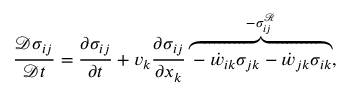
\frac { \mathcal { D } \sigma _ { i j } } { \mathcal { D } t } = \frac { \partial \sigma _ { i j } } { \partial t } + v _ { k } \frac { \partial \sigma _ { i j } } { \partial x _ { k } } \overbrace { - \dot { w } _ { i k } \sigma _ { j k } - \dot { w } _ { j k } \sigma _ { i k } } ^ { - \sigma _ { i j } ^ { \mathcal { R } } } ,